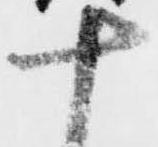
十